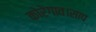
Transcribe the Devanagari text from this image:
कोरेगाव।साप